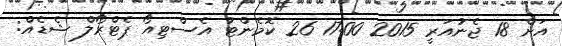
އަށް 18 ޖެނުއަރީ 2015 17:00 26 ކޮމެންޓު އެސްޓިއޯ ޕެޓްރޯލް ޝެޑެއް: